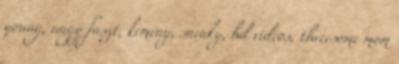
young, nagy faszt, kemény, sneaky, hd videos, threesome mom